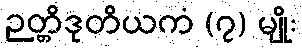
ဉတ္တိဒုတိယကံ (၇) မျိုး